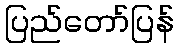
ပြည်တော်ပြန်